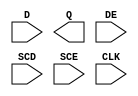
module sky130_fd_sc_hd__sedfxtp (
    //# {{data|Data Signals}}
    input  D  ,
    output Q  ,

    //# {{control|Control Signals}}
    input  DE ,

    //# {{scanchain|Scan Chain}}
    input  SCD,
    input  SCE,

    //# {{clocks|Clocking}}
    input  CLK
);

    // Voltage supply signals
    supply1 VPWR;
    supply0 VGND;
    supply1 VPB ;
    supply0 VNB ;

endmodule